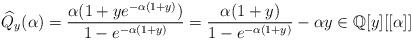
LaTeX: \begin{align*}\widehat{Q}_y(\alpha) = \frac{\alpha(1+ye^{-\alpha(1+y)})}{1 - e^{-\alpha(1+y)}} = \frac{\alpha(1+y)}{1 - e^{-\alpha(1+y)}} - \alpha y\in \mathbb{Q}[y][[\alpha]]\end{align*}